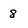
Character: 8